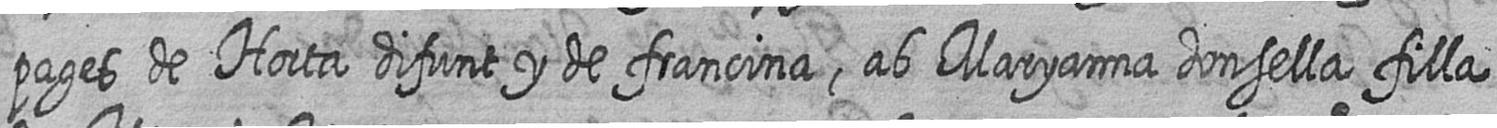
pages de Horta difunt y de francina ab Maryanna donsella filla